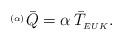
LaTeX: \begin{align*}^{_{(\alpha)}}\bar{Q}=\alpha \, \bar{T}_{_{EUK}}. \end{align*}